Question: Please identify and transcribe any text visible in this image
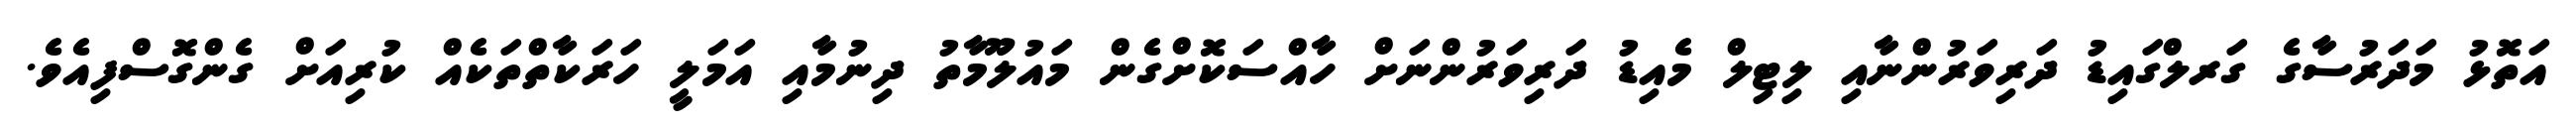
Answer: އަތޮޅު މަދަރުސާގެ ގަރލްގައިޑު ދަރިވަރުންނާއި ލިޓިލް މެއިޑު ދަރިވަރުންނަށް ހާއްސަކޮށްގެން މައުލޫމާތު ދިނުމާއި އަމަލީ ހަރަކާތްތަކެއް ކުރިއަށް ގެންގޮސްފިއެވެ.